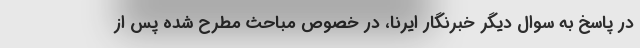
در پاسخ به سوال دیگر خبرنگار ایرنا، در خصوص مباحث مطرح شده پس از